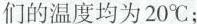
们的温度均为20℃；